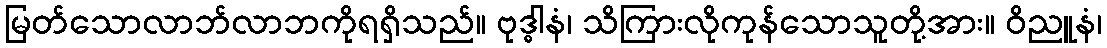
မြတ်သောလာဘ်လာဘကိုရရှိသည်။ ဗုဒ္ဓါနံ၊ သိကြားလိုကုန်သောသူတို့အား။ ဝိညူနံ၊